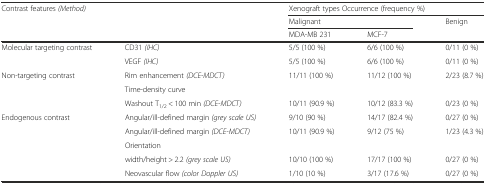
<table><thead><tr><td><b>Contrast features <i>(Method)</i></b></td><td></td><td colspan="3"><b>Xenograft types Occurrence (frequency %)</b></td></tr><tr><td></td><td></td><td colspan="2"><b>Malignant</b></td><td><b>Benign</b></td></tr><tr><td></td><td></td><td><b>MDA-MB 231</b></td><td><b>MCF-7</b></td><td></td></tr></thead><tbody><tr><td>Molecular targeting contrast</td><td>CD31 <i>(IHC)</i></td><td>5/5 (100 %)</td><td>6/6 (100 %)</td><td>0/11 (0 %)</td></tr><tr><td></td><td>VEGF <i>(IHC)</i></td><td>5/5 (100 %)</td><td>6/6 (100 %)</td><td>0/11 (0 %)</td></tr><tr><td>Non-targeting contrast</td><td>Rim enhancement <i>(DCE-MDCT)</i></td><td>11/11 (100 %)</td><td>11/12 (100 %)</td><td>2/23 (8.7 %)</td></tr><tr><td rowspan="2"></td><td>Time-density curve</td><td></td><td></td><td></td></tr><tr><td>Washout T<sub>1/2</sub> &lt; 100 min <i>(DCE-MDCT)</i></td><td>10/11 (90.9 %)</td><td>10/12 (83.3 %)</td><td>0/23 (0 %)</td></tr><tr><td>Endogenous contrast</td><td>Angular/ill-defined margin <i>(grey scale US)</i></td><td>9/10 (90 %)</td><td>14/17 (82.4 %)</td><td>0/27 (0 %)</td></tr><tr><td></td><td>Angular/ill-defined margin <i>(DCE-MDCT)</i></td><td>10/11 (90.9 %)</td><td>9/12 (75 %)</td><td>1/23 (4.3 %)</td></tr><tr><td rowspan="2"></td><td>Orientation</td><td></td><td></td><td></td></tr><tr><td>width/height &gt; 2.2 <i>(grey scale US)</i></td><td>10/10 (100 %)</td><td>17/17 (100 %)</td><td>0/27 (0 %)</td></tr><tr><td></td><td>Neovascular flow <i>(color Doppler US)</i></td><td>1/10 (10 %)</td><td>3/17 (17.6 %)</td><td>0/27 (0 %)</td></tr></tbody></table>